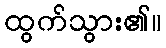
ထွက်သွား၏။